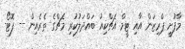
މާފުށީ ޕްރިޒަން އާއި ޓީމް އެޗްކިއު ބައްދަލުކުރި މެޗްގެ ތެރެއިން -- ފޮޓޯ-